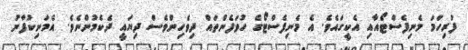
ފުރިހަމަ މެނިފެސްޓޯއާއި އެކީގައެވެ. އެ މެނިފެސްޓޯގެ ހުވަފެންތައް ދިވެހިންވެސް ދިޔައީ ދެކެމުންނެވެ. އެމަނިކުފާނު